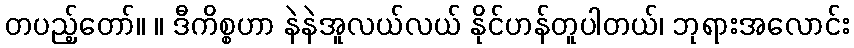
တပည့်တော်။ ။ ဒီကိစ္စဟာ နဲနဲအူလယ်လယ် နိုင်ဟန်တူပါတယ်၊ ဘုရားအလောင်း